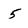
Character: 5